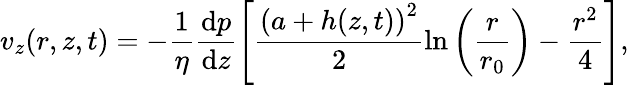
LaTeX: v_{z}(r,z,t)=-\frac{1}{\eta}\frac{\mathrm{d}p}{\mathrm{d}z}\left[\frac{\left(a+h(z,t)\right)^{2}}{2}\ln\left(\frac{r}{r_{0}}\right)-\frac{r^{2}}{4}\right],